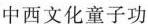
中西文化童子功